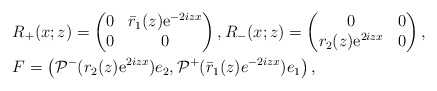
\begin{align*}&R_+(x;z)=\begin{pmatrix}0 & \bar{r}_1(z) \mathrm{e}^{-2iz x} \\0 & 0\end{pmatrix}, R_-(x;z)=\begin{pmatrix}0 & 0 \\r_2(z) \mathrm{e}^{2iz x} & 0\end{pmatrix},\\&F =\left(\mathcal{P}^{-}(r_2( z) \mathrm{e}^{2iz x})e_2, \mathcal{P}^+(\bar{r}_1(z)e^{-2iz x})e_1\right),\end{align*}